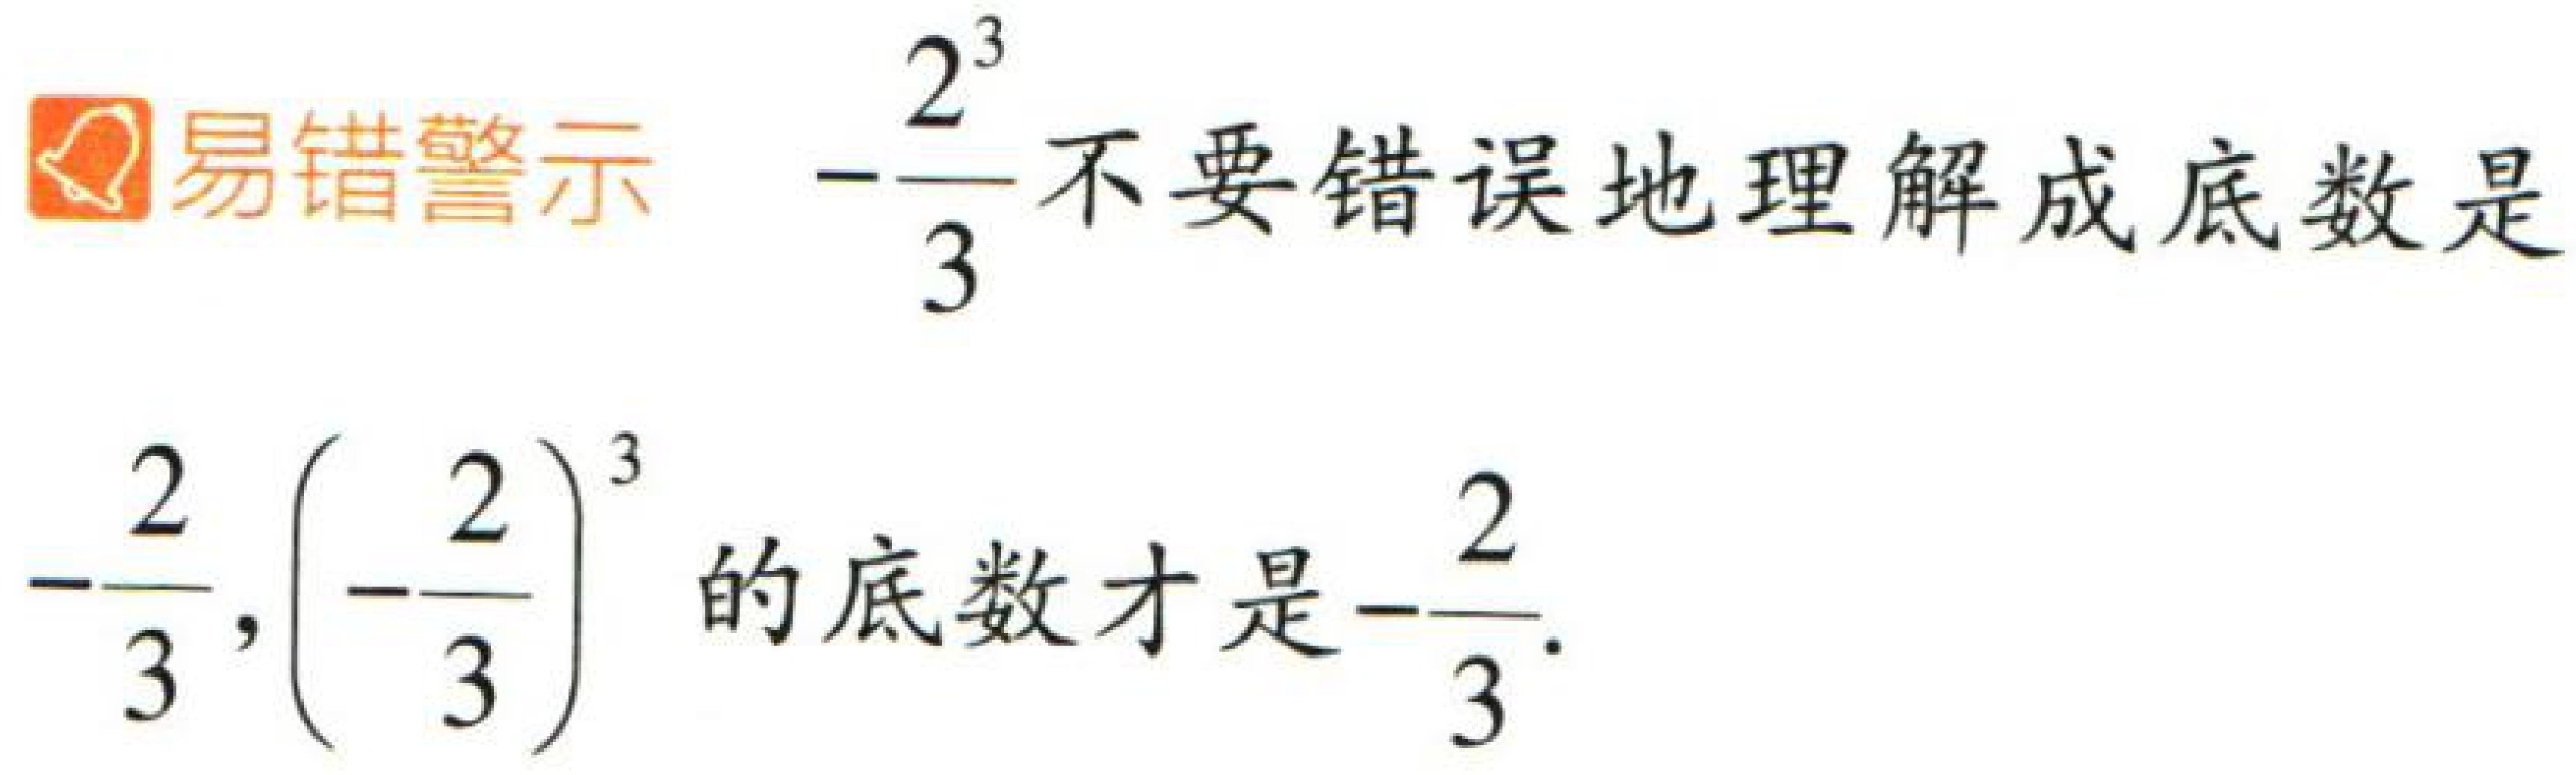
\[\text{易错警示 } -\frac{2^{3}}{3}\text{不要错误地理解成底数是} -\frac{2}{3},\left(-\frac{2}{3}\right)^{3}\text{的底数才是}-\frac{2}{3}.\]